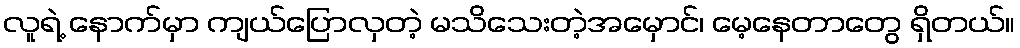
လူရဲ့ နောက်မှာ ကျယ်ပြောလှတဲ့ မသိသေးတဲ့အမှောင်၊ မေ့နေတာတွေ ရှိတယ်။